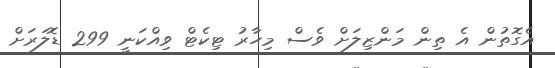
އެގޮތުން އެ ތިން މަންޒިލަށް ވެސް މިހާރު ޓިކެޓް ވިއްކަނީ 299 ޑޮލަރަށް